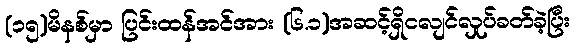
(၁၅)မိနစ်မှာ ပြင်းထန်အင်အား (၆.၁)အဆင့်ရှိငလျင်လှုပ်ခတ်ခဲ့ပြီး